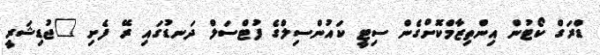
ޑްރަގް ކޯޓުން އިންތިޒާމްކޮށްގެން ސިޓީ ކައުންސިލްގެ ފުޓްސަލް ދަނޑުގައި ރޭ ފެށި "ޖުޑިޝަރީ